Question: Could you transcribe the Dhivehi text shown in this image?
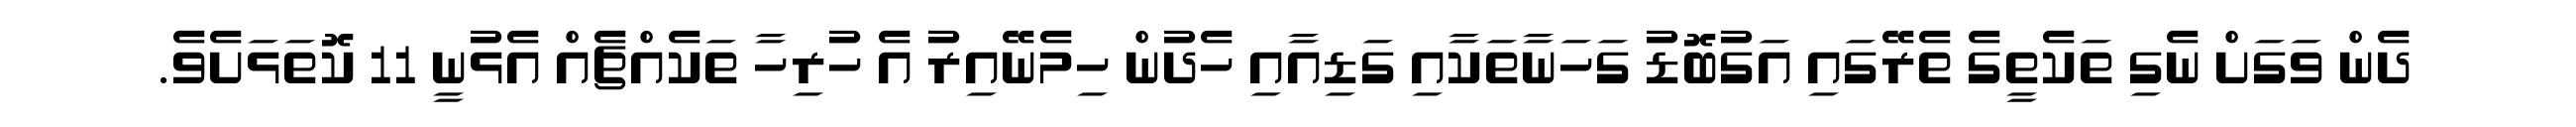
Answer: ދެން ވަގަށް ނެގި ތަކެތީގެ ތެރޭގައި އަގުބޮޑު ގަހަނާތަކާއި ގަޑިއާއި ހެދުން ހިމެނޭއިރު އެ ހުރިހާ ތަކެއްޗެއް އެޅުނީ 11 ކޮތަޅަށެވެ.